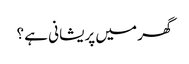
گھر میں پریشانی ہے ؟